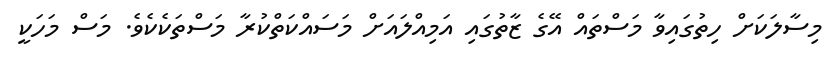
މިސާލަކަށް ހިތުގައިވާ މަސްތައް އޭގެ ޒާތުގައި އަމިއްލައަށް މަސައްކަތްކުރާ މަސްތަކެކެވެ. މަސް މަހަކީ